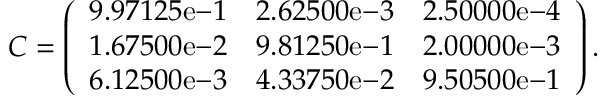
C = \left( \begin{array} { c c c c } { 9 . 9 7 1 2 5 \mathrm { e } { - 1 } } & { 2 . 6 2 5 0 0 \mathrm { e - } { 3 } } & { 2 . 5 0 0 0 0 \mathrm { e } { - 4 } } \\ { 1 . 6 7 5 0 0 \mathrm { e } { - 2 } } & { 9 . 8 1 2 5 0 \mathrm { e - } { 1 } } & { 2 . 0 0 0 0 0 \mathrm { e } { - 3 } } \\ { 6 . 1 2 5 0 0 \mathrm { e } { - 3 } } & { 4 . 3 3 7 5 0 \mathrm { e - } { 2 } } & { 9 . 5 0 5 0 0 \mathrm { e } { - 1 } } \end{array} \right) .